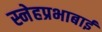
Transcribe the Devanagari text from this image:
स्नेहप्रभाबाई